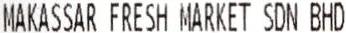
MAKASSAR FRESH MARKET SDN BHD